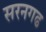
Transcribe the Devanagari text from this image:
सरनगढ